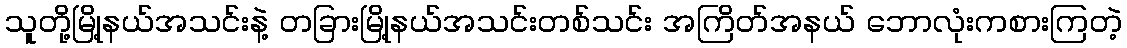
သူတို့မြို့နယ်အသင်းနဲ့ တခြားမြို့နယ်အသင်းတစ်သင်း အကြိတ်အနယ် ဘောလုံးကစားကြတဲ့